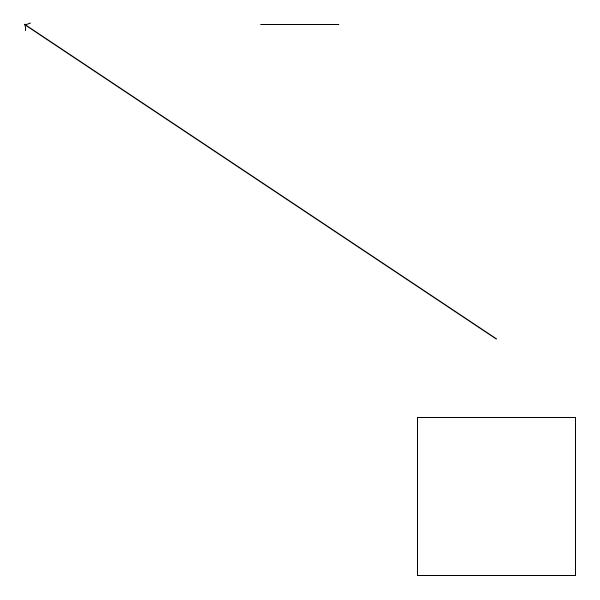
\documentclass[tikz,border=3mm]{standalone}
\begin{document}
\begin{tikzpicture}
\draw (7,10) rectangle (9,12);
\draw[->] (8,13) -- (2,17);
\draw (6,17) rectangle (5,17);
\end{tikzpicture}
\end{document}